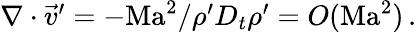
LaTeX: \begin{array}{r}{\nabla\cdot\vec{v}^{\prime}=-\mathrm{Ma}^{2}/\rho^{\prime}D_{t}\rho^{\prime}=O(\mathrm{Ma}^{2})\, .}\end{array}